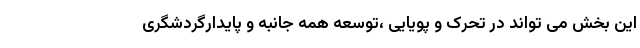
این بخش می تواند در تحرک و پویایی ،توسعه همه جانبه و پایدارگردشگری